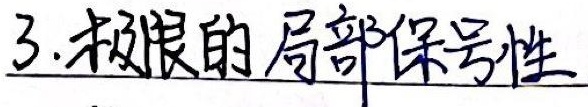
3.极限的 局部保号性